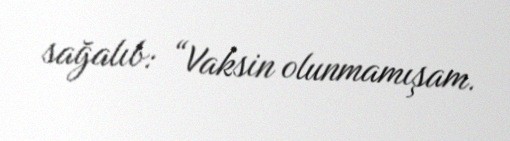
sağalıb: “Vaksin olunmamışam.